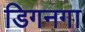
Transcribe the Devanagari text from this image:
डिगनगा